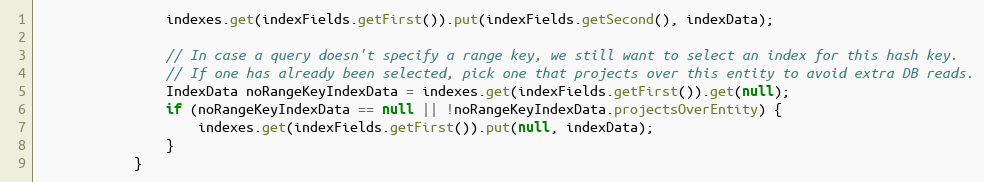
Language: Java
                indexes.get(indexFields.getFirst()).put(indexFields.getSecond(), indexData);

                // In case a query doesn't specify a range key, we still want to select an index for this hash key.
                // If one has already been selected, pick one that projects over this entity to avoid extra DB reads.
                IndexData noRangeKeyIndexData = indexes.get(indexFields.getFirst()).get(null);
                if (noRangeKeyIndexData == null || !noRangeKeyIndexData.projectsOverEntity) {
                    indexes.get(indexFields.getFirst()).put(null, indexData);
                }
            }